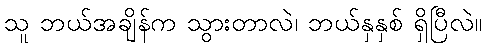
သူ ဘယ်အချိန်က သွားတာလဲ၊ ဘယ်နှနှစ် ရှိပြီလဲ။